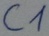
Text: C1